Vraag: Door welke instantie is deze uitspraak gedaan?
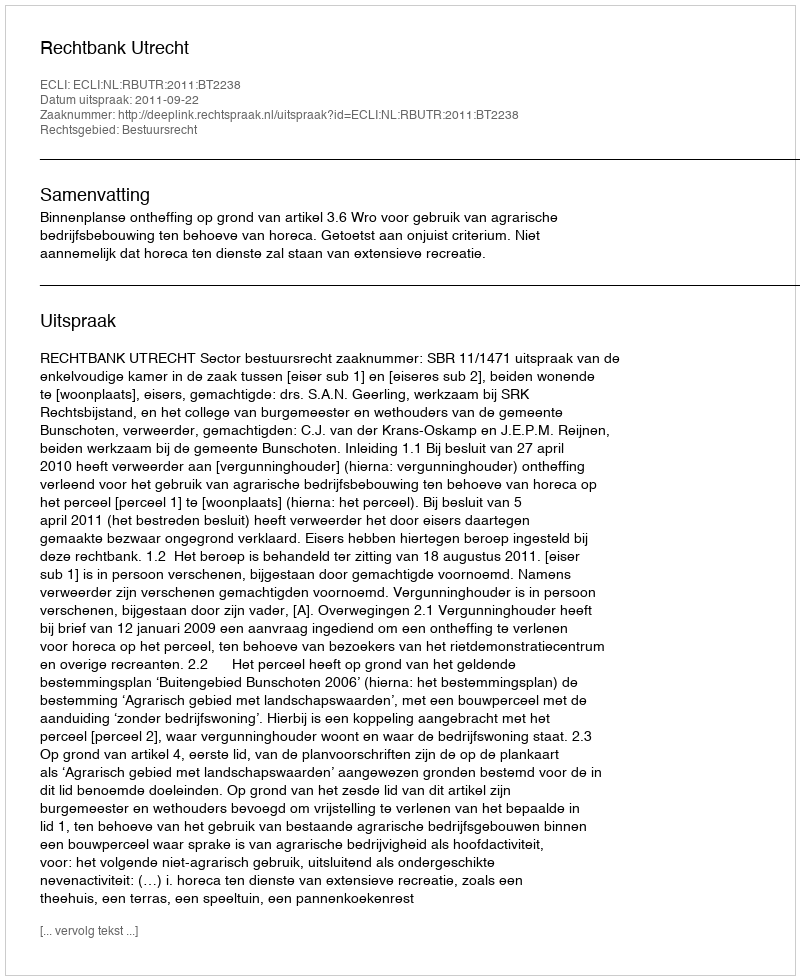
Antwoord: Rechtbank Utrecht